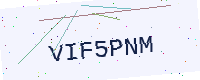
Text: VIF5PNM